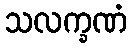
သလက္ခဏံ